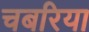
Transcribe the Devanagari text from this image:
चबरिया